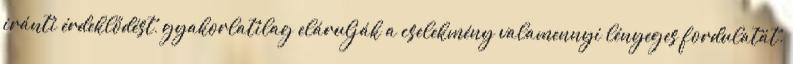
iránti érdeklődést, gyakorlatilag elárulják a cselekmény valamennyi lényeges fordulatát.